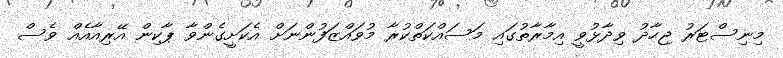
މިނިސްޓަރު ޖިހާދު ވިދާޅުވީ އިމާރާތުގައި މަސައްކަތްކުރާ މުވައްޒަފުންނަށް އެކަށީގެންވާ ޕާކިން އޭރިއާއެއް ވެސް